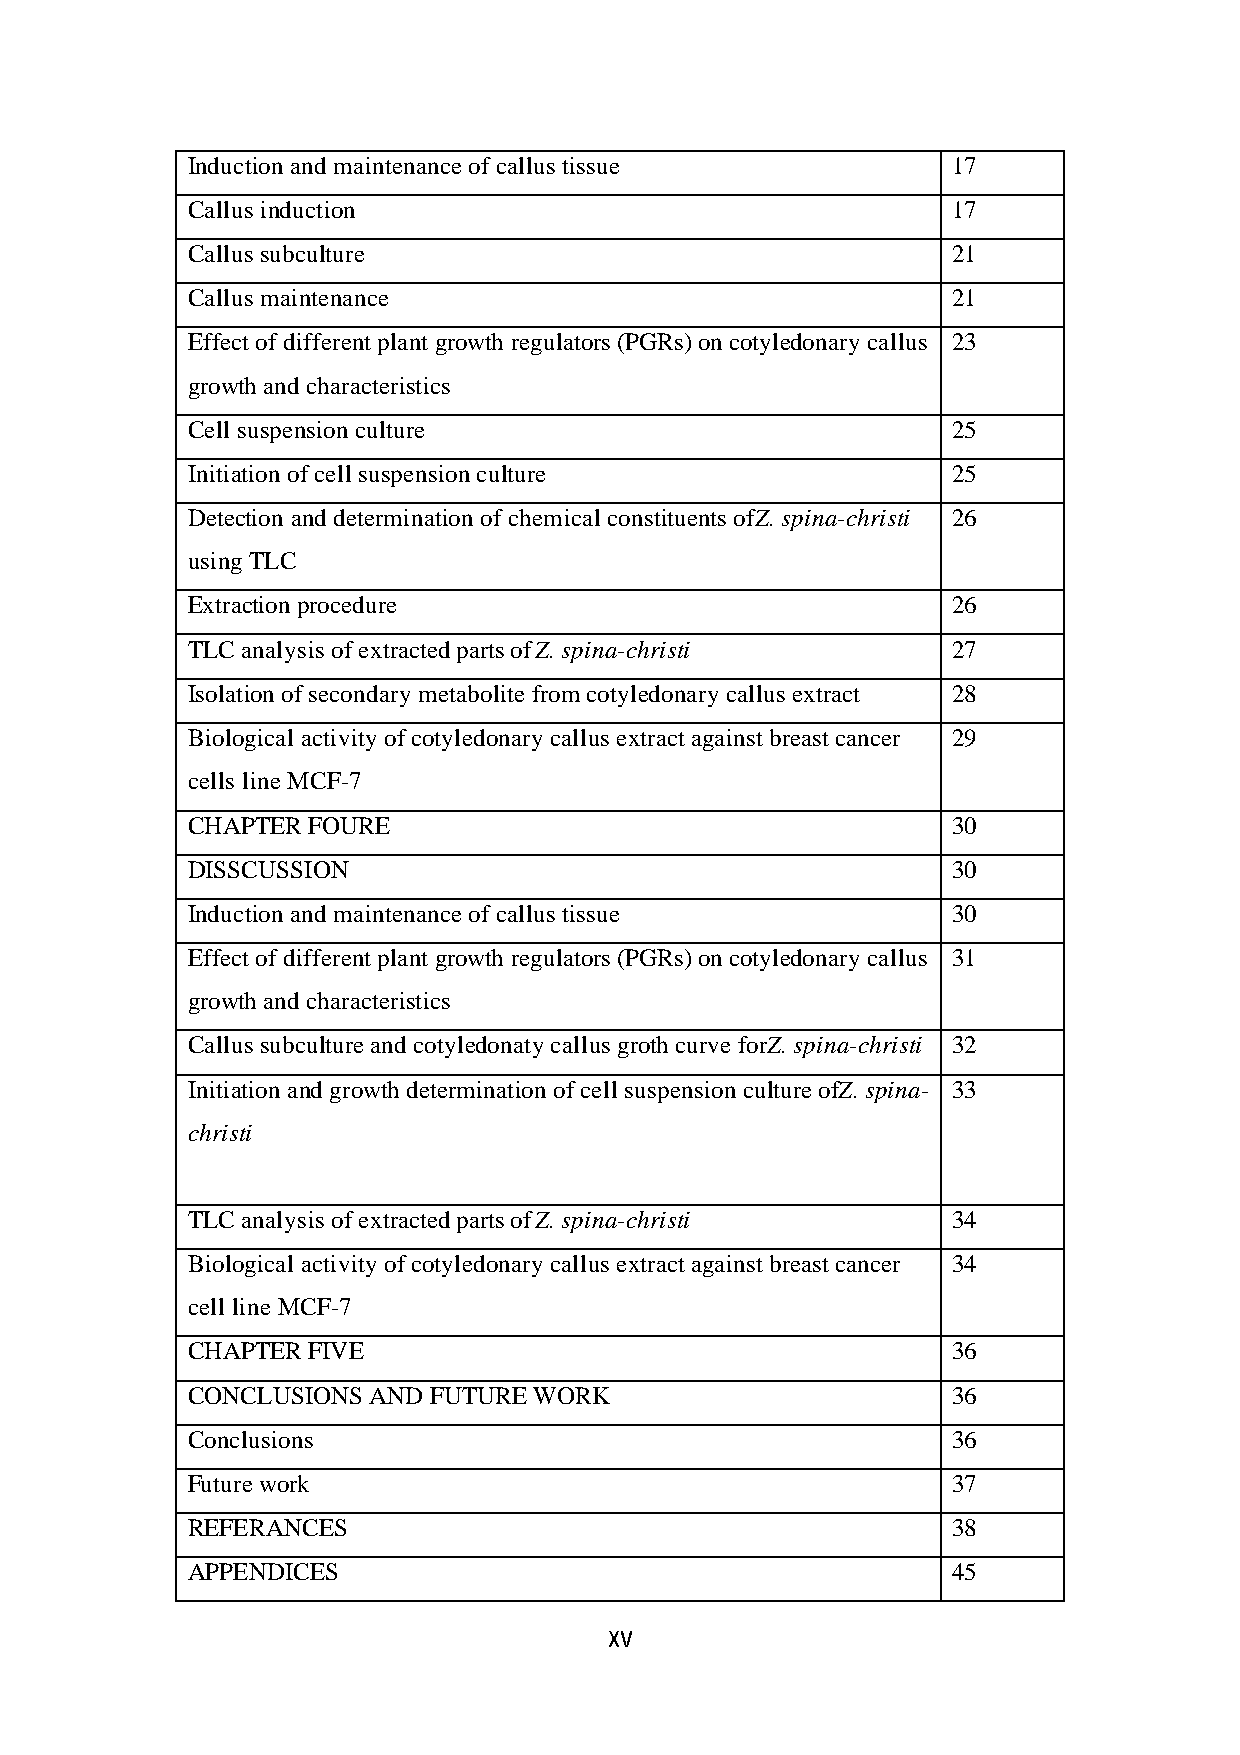
Induction and maintenance of callus tissue         17
 Callus induction                                   17
 Callus subculture                                  21
 Callus maintenance                                 21
 Effect of different plant growth regulators (PGRs) on cotyledonary callus 23
 growth and characteristics
 Cell suspension culture                            25
 Initiation of cell suspension culture              25
 Detection and determination of chemical constituents of Z. spina-christi 26
 using TLC
 Extraction procedure                               26
 TLC analysis of extracted parts of Z. spina-christi 27
 Isolation of secondary metabolite from cotyledonary callus extract 28
 Biological activity of cotyledonary callus extract against breast cancer 29
 cells line MCF-7
 CHAPTER FOURE                                      30
 DISSCUSSION                                        30
 Induction and maintenance of callus tissue         30
 Effect of different plant growth regulators (PGRs) on cotyledonary callus 31
 growth and characteristics
 Callus subculture and cotyledonaty callus groth curve for Z. spina-christi 32
 Initiation and growth determination of cell suspension culture of Z. spina- 33
 christi
 TLC analysis of extracted parts of Z. spina-christi 34
 Biological activity of cotyledonary callus extract against breast cancer 34
 cell line MCF-7
 CHAPTER FIVE                                       36
 CONCLUSIONS AND FUTURE WORK                        36
 Conclusions                                        36
 Future work                                        37
 REFERANCES                                         38
 APPENDICES                                         45
 XV